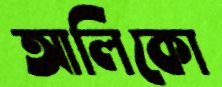
আলিকো